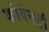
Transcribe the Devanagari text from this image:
कोवेनट्री